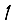
Digit: 1